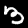
Digit: 3